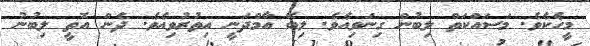
މީހެކެވެ. މަސައްކަތް ލިބުން ގިނަވިއެވެ. ލިބޭ އާމްދަނީ އިތުރުވިއެވެ. ދެން އޮތީ ލިބުނު